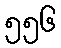
၅၅၆